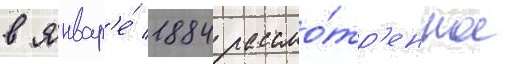
в январ'е́ 1884 рассмо́тр'енное